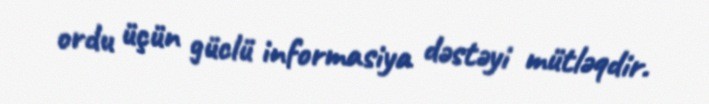
ordu üçün güclü informasiya dəstəyi mütləqdir.